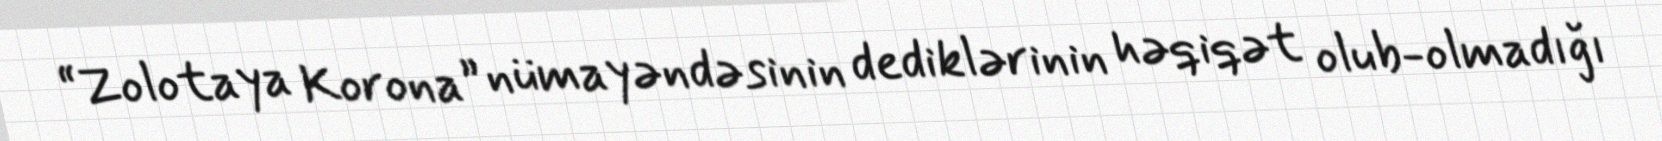
“Zolotaya Korona” nümayəndəsinin dediklərinin həqiqət olub-olmadığı